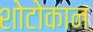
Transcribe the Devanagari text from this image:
शोटोकान